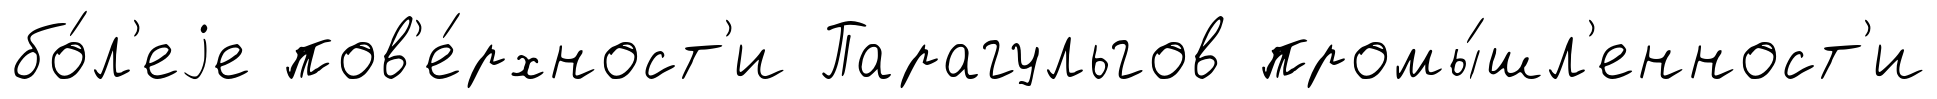
бо́л'еjе пов'е́рхност'и Парагульгов промы́шл'енност'и